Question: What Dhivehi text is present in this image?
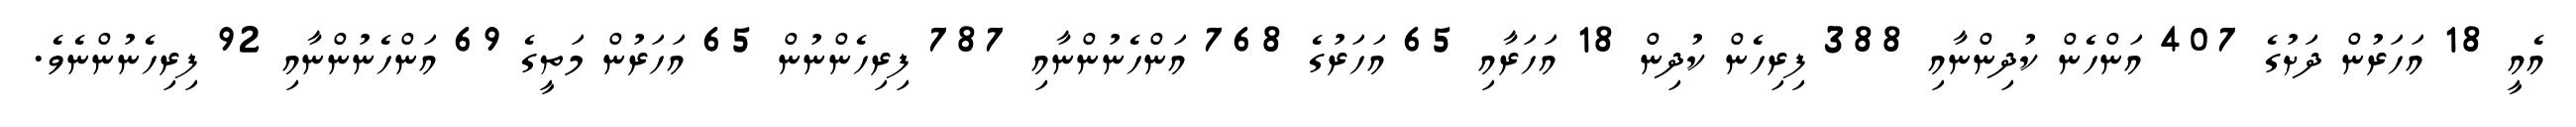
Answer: އެއީ 18 އަހަރުން ދަށުގެ 407 އަންހެން ކުދިންނާއި 388 ފިރިހެން ކުދިން 18 އަހަރާއި 65 އަހަރުގެ 768 އަންހެނުންނާއި 787 ފިރިހެންނުން 65 އަހަރުން މަތީގެ 69 އަންހެނުންނާއި 92 ފިރިހެނުންނެވެ.